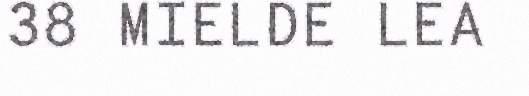
38 MIELDE LEA